Annual statistical returns and brief notes on vaccination in Bengal - 1896-1909
Year: 1896
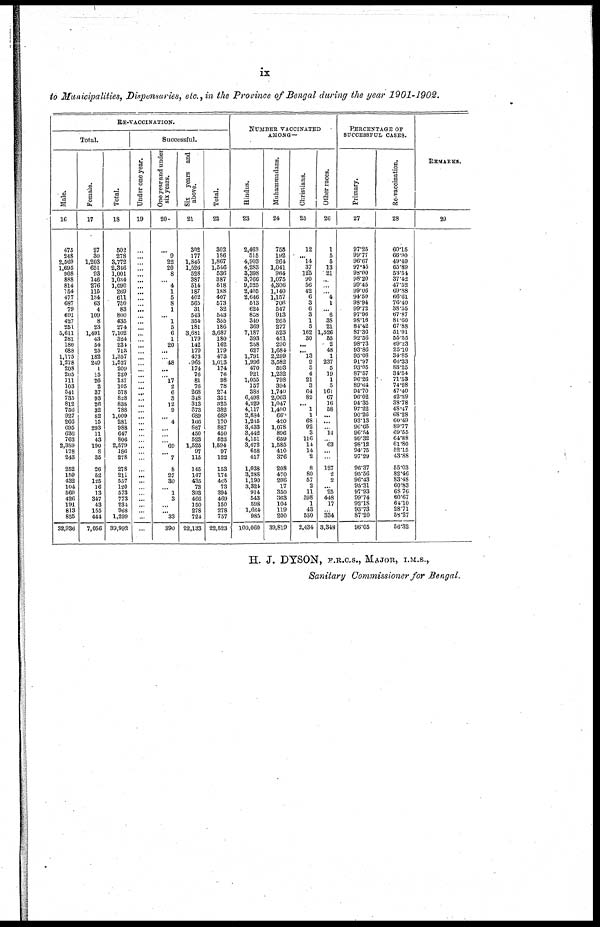
ix
to Municipalities, Dispensaries, etc., in the Province of Bengal during the year 1901- 1902.
RE-VACCINATION.
Total.
Male.
16
475
248
2,560
1,695
908
888
814
154
477
687
79
691
427
251
5,611
281
180
688
1,175
1,278
208
205
111
103
541
735
812
756
927
266
695
636
763
2,389
178
243
252
159
432
104
560
426
191
813
855
32,936
Female.
17
27
30
1,203
651
93
146
276
115
134
63
4
109
8
23
1,491
43
54
25
182
249
1
15
26
2
37
93
26
32
82
15
293
11
43
190
8
35
26
52
125
16
13
347
43
155
444
7,056
Total.
18
502
278
8,772
2,346
1,001
1,034
1,090
269
611
750
83
800
435
274
7,102
324
234
718
1,357
1,527
209
220
137
105
578
828
838
788
1,009
281
988
647
806
2,579
186
278
278
211
537
120
573
773
234
968
1,299
39,992
Successful.
Under one year.
19
...
...
...
...
...
...
...
...
...
...
...
...
...
...
...
...
...
...
...
...
...
...
...
...
...
...
...
...
...
...
...
...
...
...
...
...
...
...
...
...
...
...
...
...
...
...
One year and under
six years.
20
...
9
22
20
8
...
4
1
5
8
1
... 1
5
6
1
20
...
...
48
...
...
17
2
6
3
12
9
...
4
...
...
...
69
...
7
8
27
30
...
1
3
...
...
33
390
Six years and
above.
21
302
177
1,845
1,526
528
387
514
187
402
565
31
543
354
181
3,681
179
142
179
473
965
174
76
81
76
268
348
313
373
689
166
887
450
523
1,525
97
115
145
147
435
73
393
466
150
278
724
22,133
Total.
22
302
186
1,867
1,546
536
387
518
188
407
573
32
543
355
186
3,687
180
162
179
473
1,013
174
76
98
78
274
351
325
382
689
170
887
450
523
1,594
97
122
153
174
465
73
394
469
150
278
757
22,523
NUMBER VACCINATED
AMONG—
Hindus.
23
2,463
515
4,903
4,283
3,398
8,766
9,525
2,405
2,646
513
624
858
349
369
7,187
393
258
627
1,791
1,996
470
921
1,055
157
388
6,498
4,329
4,117
2,834
1,235
3,433
3,442
4,151
3,472
658
417
1,038
3,288
1,190
3,324
914
543
598
1,684
985
100,060
Muhammadans.
24
755
192
264
1,041
964
1,075
4,306
1,140
1,157
706
547
913
265
277
523
451
290
1,684
2,299
3,582
593
1,232
798
394
1,740
2,063
1,047
1,400
660
420
1,078
896
659
1,585
410
376
208
470
206
17
350
363
104
119
200
39,819
Christians.
25
12
...
14
37
125
90
56
42
6
3
6
3
1
5
162
30
...
...
13
9
5
4
21
3
64
82
... 1
1
68
92
3
116
14
14
2
8
80
57
2
11
598
1
43
530
2,434
Other races.
26
1
5
5
13
21
...
...
...
4
1
... 6
38
21
1,526
55
2
48
1
237
5
19
1
5
161
67
16
58
...
...
...
14
...
63
...
...
127
2
2
... 25
448
17
...
334
3,348
PERCENTAGE OF
SUCCESSFUL CASES.
Primary.
27
97.25
99.77
96.67
97.45
98.00
98.20
99.45
99.06
94.50
98.94
99.72
97.96
98.16
84.42
87.36
92.56
98.73
93.86
95.08
91.97
93.05
87.57
96.26
89.64
94.70
96.02
94.35
97.22
90.26
93.13
96.65
96.54
99.32
98.12
94.75
97.29
96.37
95.56
96.43
95.31
97.93
99.74
92.18
93.73
87.20
96.05
Re-vaccination.
28
60.15
66.90
49.49
65.89
53.54
37.42
47.52
69.88
66.61
76.40
38.55
67.87
81.60
67.88
51.91
55.55
69.23
25.10
34.85
66.33
83.25
34.54
71.53
74.28
47.40
42.39
38.78
48.47
68.28
60.49
89.77
69.55
64.88
61.80
52.15
43.88
55.03
82.46
83.48
60.83
68.76
60.67
64.10
28.71
53.27
56.32
REMARKS.
29
H. J. DYSON, F.R.C.S., MAJOR, I.M.S.,
Sanitary Commissioner for Bengal.